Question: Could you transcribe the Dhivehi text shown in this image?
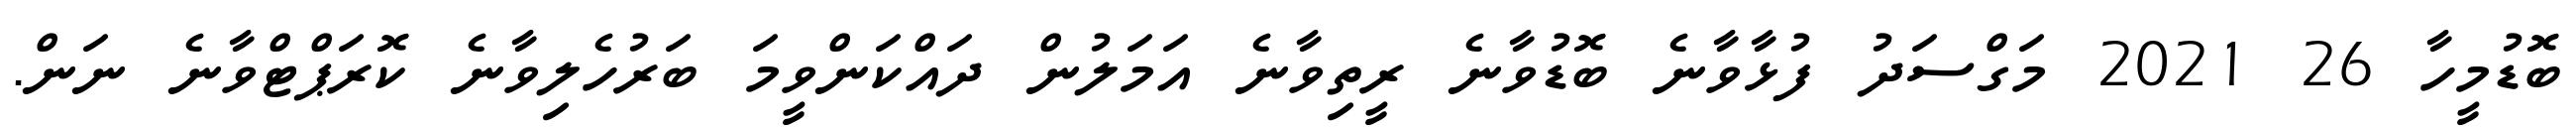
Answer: ބޮޑުމީހާ 26 2021 މަގްސަދު ފުޅާވާނެ ބޮޑުވާނެ ރީތިވާނެ އަމަލުން ދައްކަންވީމަ ބަރުހެލިވާނެ ކޮރަޕްޓްވާނެ ނަން.